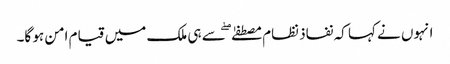
انہوں نے کہا کہ نفاذ نظام مصطفےٰ ۖ سے ہی ملک میں قیام امن ہو گا۔